Plague in India, 1896, 1897 - Volume 1
Year: 1896
Disease focus: Plague
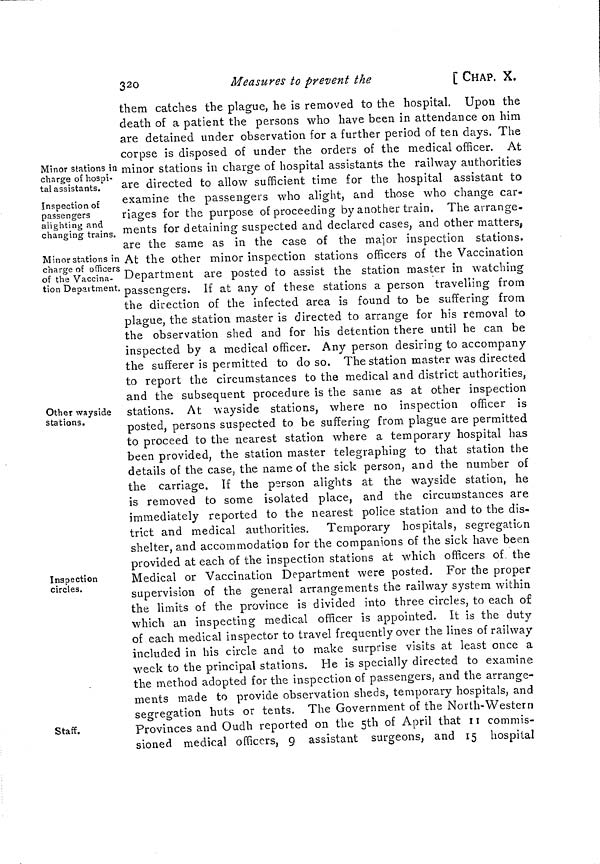
320
Measures to prevent the
[ CHAP. X.
Minor stations in
charge of hospi-
tal assistants.
Inspection of
passengers
alighting and
changing trains.
Minor stations in
charge of officers
of the Vaccina-
tion Department.
Other wayside
stations.
Inspection
circles.
Staff.
them catches the plague, he is removed to the hospital. Upon the
death of a patient the persons who have been in attendance on him
are detained under observation for a further period of ten days. The
corpse is disposed of under the orders of the medical officer. At
minor stations in charge of hospital assistants the railway authorities
are directed to allow sufficient time for the hospital assistant to
examine the passengers who alight, and those who change car-
riages for the purpose of proceeding by another train. The arrange-
ments for detaining suspected and declared cases, and other matters,
are the same as in the case of the major inspection stations.
At the other minor inspection stations officers of the Vaccination
Department are posted to assist the station master in watching
passengers. If at any of these stations a person travelling from
the direction of the infected area is found to be suffering from
plague, the station master is directed to arrange for his removal to
the observation shed and for his detention there until he can be
inspected by a medical officer. Any person desiring to accompany
the sufferer is permitted to do so. The station master was directed
to report the circumstances to the medical and district authorities,
and the subsequent procedure is the same as at other inspection
stations. At wayside stations, where no inspection officer is
posted, persons suspected to be suffering from plague are permitted
to proceed to the nearest station where a temporary hospital has
been provided, the station master telegraphing to that station the
details of the case, the name of the sick person, and the number of
the carriage. If the person alights at the wayside station, he
is removed to some isolated place, and the circumstances are
immediately reported to the nearest police station and to the dis-
trict and medical authorities. Temporary hospitals, segregation
shelter, and accommodation for the companions of the sick have been
provided at each of the inspection stations at which officers of the
Medical or Vaccination Department were posted. For the proper
supervision of the general arrangements the railway system within
the limits of the province is divided into three circles, to each of
which an inspecting medical officer is appointed. It is the duty
of each medical inspector to travel frequently over the lines of railway
included in his circle and to make surprise visits at least once a
week to the principal stations. He is specially directed to examine
the method adopted for the inspection of passengers, and the arrange-
ments made to provide observation sheds, temporary hospitals, and
segregation huts or tents. The Government of the North-Western
Provinces and Oudh reported on the 5th of April that 11 commis-
sioned medical officers, 9 assistant surgeons, and 15 hospital